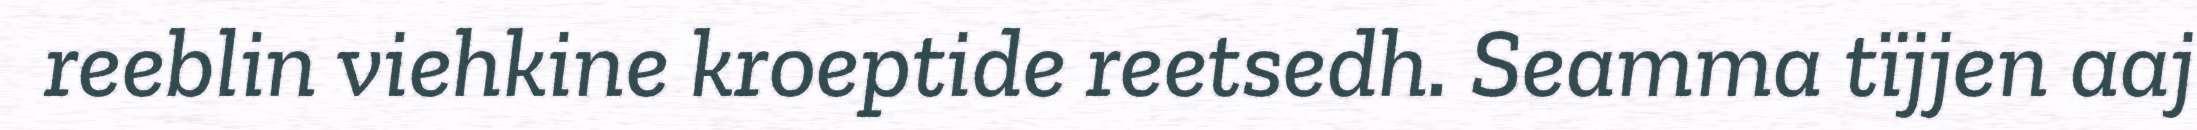
reeblin viehkine kroeptide reetsedh. Seamma tïjjen aaj